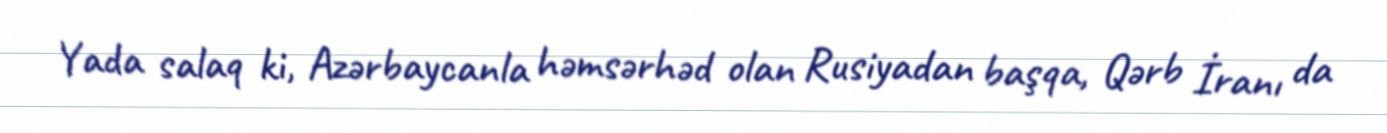
Yada salaq ki, Azərbaycanla həmsərhəd olan Rusiyadan başqa, Qərb İranı da